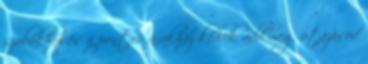
szobákhoz és a pontos árakhoz kérlek add meg utazásod